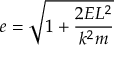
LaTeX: e = { \sqrt { 1 + { \frac { 2 E L ^ { 2 } } { k ^ { 2 } m } } } }